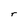
Character: r